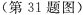
(第31题图)